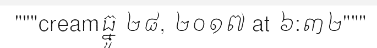
"""creamធ្នូ ២៨, ២០១៧ at ៦:៣២"""